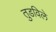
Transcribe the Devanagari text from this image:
तुडविले